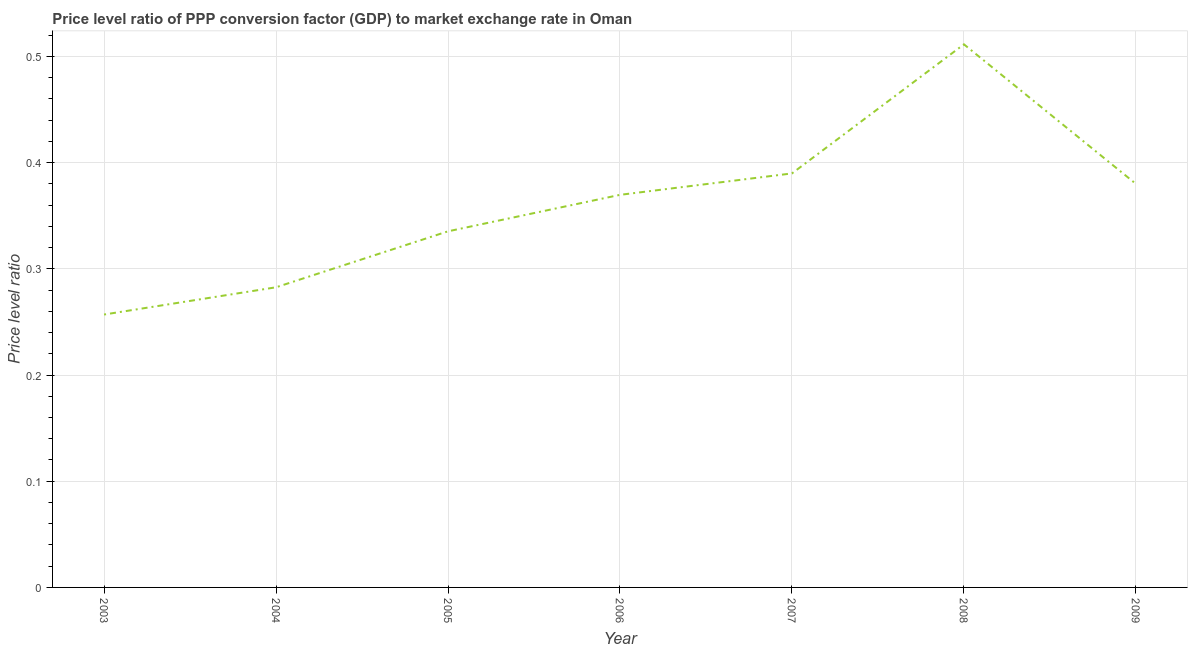
| Year | Price level ratio |
 | --- | --- |
 | 2003 | 0.257 |
 | 2004 | 0.283 |
 | 2005 | 0.335 |
 | 2006 | 0.37 |
 | 2007 | 0.39 |
 | 2008 | 0.511 |
 | 2009 | 0.38 |